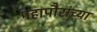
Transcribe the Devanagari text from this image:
महापौरांच्या